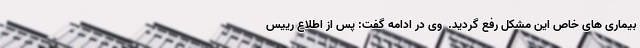
بیماری های خاص این مشکل رفع گردید.  وی در ادامه گفت: پس از اطلاع رییس